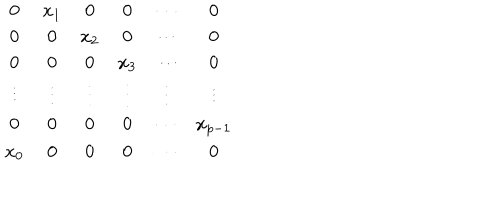
\begin{array} { c c c c c c } { { 0 } } & { { x _ { 1 } } } & { { 0 } } & { { 0 } } & { { \cdots } } & { { 0 } } \\ { { 0 } } & { { 0 } } & { { x _ { 2 } } } & { { 0 } } & { { \cdots } } & { { 0 } } \\ { { 0 } } & { { 0 } } & { { 0 } } & { { x _ { 3 } } } & { { \cdots } } & { { 0 } } \\ { { \vdots } } & { { \vdots } } & { { \vdots } } & { { \vdots } } & { { \vdots } } & { { \vdots } } \\ { { 0 } } & { { 0 } } & { { 0 } } & { { 0 } } & { { \cdots } } & { { x _ { p - 1 } } } \\ { { x _ { 0 } } } & { { 0 } } & { { 0 } } & { { 0 } } & { { \cdots } } & { { 0 } } \\ \end{array}